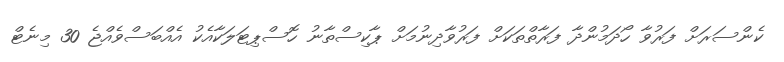
ކެންސަރަށް ފަރުވާ ހޯދަމުންދާ ފަރާތްތަކަށް ފަރުވާދިނުމަށް ޕާކިސްތާނު ހޮސްޕިޓަލަކާއެކު އެއްބަސްވެއްޖެ 30 މިނެޓް